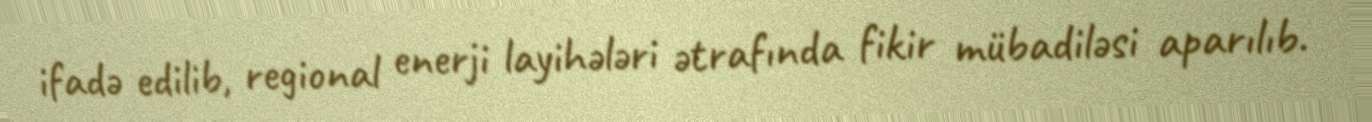
ifadə edilib, regional enerji layihələri ətrafında fikir mübadiləsi aparılıb.